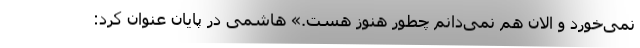
نمی‌خورد و الان هم نمی‌دانم چطور هنوز هست.» هاشمی در پایان عنوان کرد: